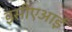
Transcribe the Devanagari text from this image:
इसीएआई